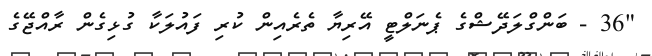
"36 - ބަންގްލަދޭޝްގެ ޕެނަލްޓީ އޭރިޔާ ތެރެއިން ކުރި ފައުލަކާ ގުޅިގެން ރާއްޖޭގެ